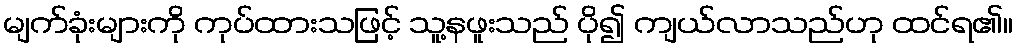
မျက်ခုံးများကို ကုပ်ထားသဖြင့် သူ့နဖူးသည် ပို၍ ကျယ်လာသည်ဟု ထင်ရ၏။